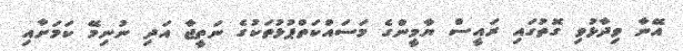
އޭނާ ވިދާޅުވި ގޮތުގައި ރައީސް ޔާމީންގެ މަސައްކަތްޕުޅުތަކުގެ ނަތީޖާ އަދި ނުނިމޭ ކަމަށާއި